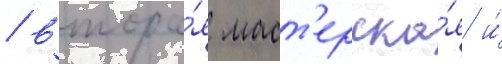
/ втора́я маст'ерска́я и́